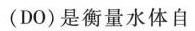
(DO)是衡量水体自